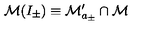
\mathcal { M } ( I _ { \pm } ) \equiv \mathcal { M } _ { a _ { \pm } } ^ { \prime } \cap \mathcal { M }